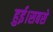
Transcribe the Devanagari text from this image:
हुई।सबसे